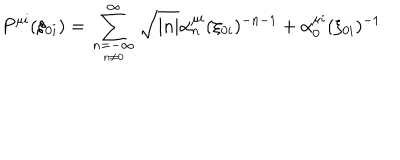
P ^ { \mu i } ( \xi _ { 0 i } ) = \sum _ { \scriptstyle n = - \infty \atop n \neq 0 } ^ { \infty } \sqrt { | n | } \alpha _ { n } ^ { \mu i } ( \xi _ { 0 i } ) ^ { - n - 1 } + \alpha _ { 0 } ^ { \mu i } ( \xi _ { 0 i } ) ^ { - 1 }